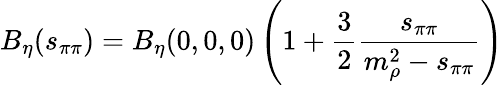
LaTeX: B_{\eta}(s_{\pi\pi})=B_{\eta}(0,0,0)\left(1+{\frac{3}{2}}{\frac{s_{\pi\pi}}{m_{\rho}^{2}-s_{\pi\pi}}}\right)